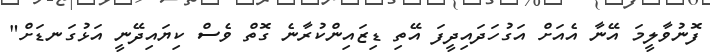
ފޮނުވާލީމަ އޭނާ އެއަށް އަގުހަދައިދީފަ އޭތި ޑިޒައިންކުރާނެ ގޮތް ވެސް ކިޔައިދޭނީ އަޅުގަނޑަށް"